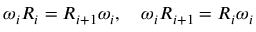
\omega _ { i } R _ { i } = R _ { i + 1 } \omega _ { i } , \quad \omega _ { i } R _ { i + 1 } = R _ { i } \omega _ { i }